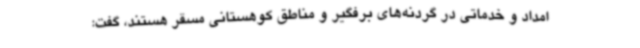
امداد و خدماتی در گردنه‌های برفگیر و مناطق کوهستانی مسقر هستند، گفت: